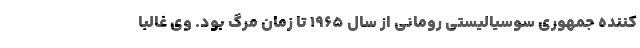
کننده جمهوری سوسیالیستی رومانی از سال 1965 تا زمان مرگ بود. وی غالبا